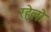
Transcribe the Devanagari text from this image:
रहेलो